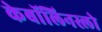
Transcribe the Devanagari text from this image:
केबॉलिनस्लो